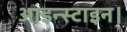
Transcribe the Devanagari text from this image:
आइन्स्टाइन।